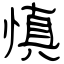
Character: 慎